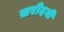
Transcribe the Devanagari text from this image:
ख़रीदनी